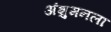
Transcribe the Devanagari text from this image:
अंशुमनला